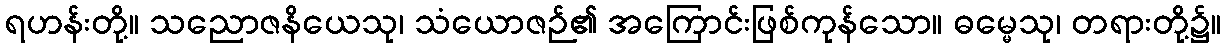
ရဟန်းတို့။ သညောဇနိယေသု၊ သံယောဇဉ်၏ အကြောင်းဖြစ်ကုန်သော။ ဓမ္မေသု၊ တရားတို့၌။